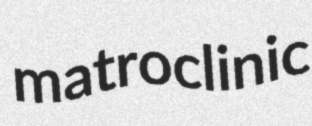
matroclinic